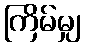
ကြိမ်မျှ